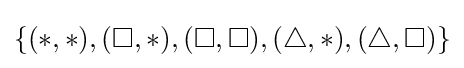
\{(\ast ,\ast ),(\square ,\ast ),(\square ,\square ),(\triangle ,\ast ),(\triangle ,\square )\}